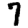
Digit: 7